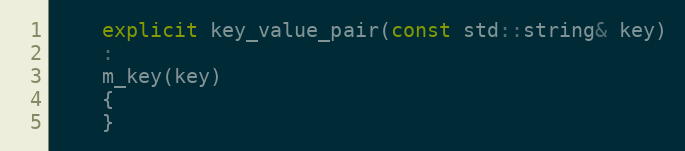
Language: C++
    explicit key_value_pair(const std::string& key)
    :
    m_key(key)
    {
    }